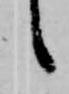
候